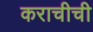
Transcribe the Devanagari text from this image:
कराचीची